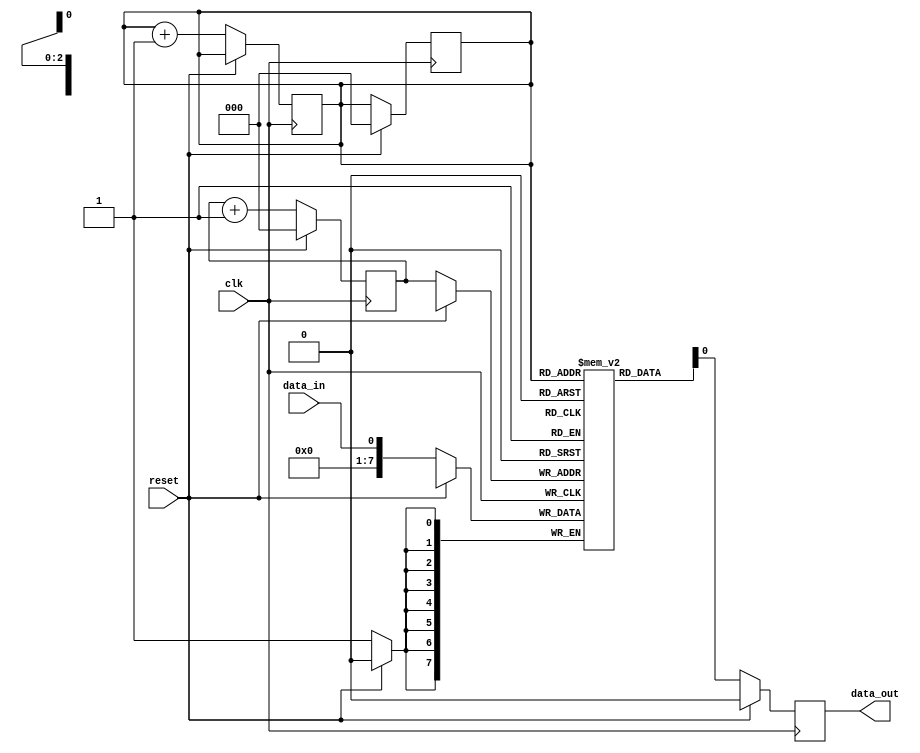
module edge_sensitive_fifo (
    input wire clk,
    input wire reset,
    input wire data_in,
    output reg data_out
);

reg [7:0] fifo [0:7]; // FIFO buffer with 8 entries

reg [2:0] read_ptr;
reg [2:0] write_ptr;

always @(posedge clk) begin
    if (reset) begin
        read_ptr <= 3'b000;
        write_ptr <= 3'b000;
    end else begin
        write_ptr <= write_ptr + 1;
        fifo[write_ptr] <= data_in;
    end
end

always @(posedge clk) begin
    if (reset) begin
        data_out <= 0;
    end else begin
        read_ptr <= read_ptr + 1;
        data_out <= fifo[read_ptr];
    end
end

endmodule